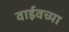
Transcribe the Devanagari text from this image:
वाईवच्या